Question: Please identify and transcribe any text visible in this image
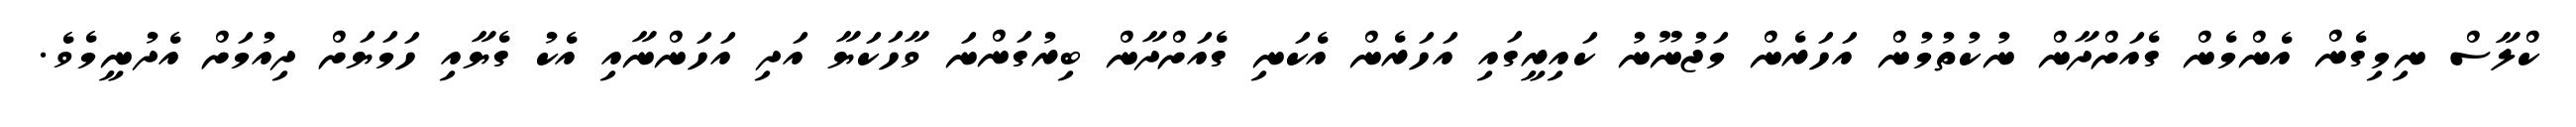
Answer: ކްލާސް ނިމިގެން އެންމެން ގެއަށްދާން ނުކުތުމުން އަހަރެން މަޖުނޫނު ކައިރީގައި އަހަރެން އެކަނި ގެއަށްދާން ބިރުގަންނަ ވާހަކަޔާ އަދި އަހަންނާއި އެކު ގެޔާއި ހަމަޔަށް ދިއުމަށް އެދުނީމެވެ.